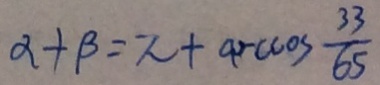
\alpha + \beta = \pi + \arccos \frac { 3 3 } { 6 5 }